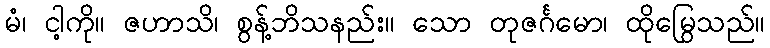
မံ၊ ငါ့ကို။ ဇဟာသိ၊ စွန့်ဘိသနည်း။ သော တုဇင်္ဂမော၊ ထိုမြွေသည်။